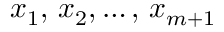
x _ { 1 } , \, x _ { 2 } , \dotsc , \, x _ { m + 1 }